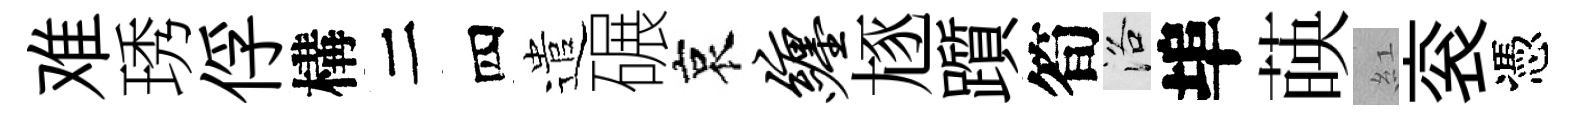
难琇俘構二四遣碾哀缠豗躓筍洛埠𦴤紅衮憑